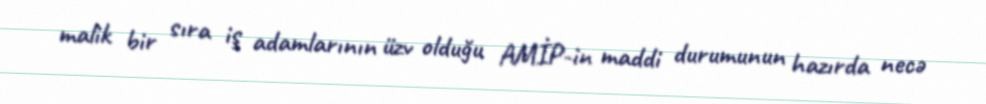
malik bir sıra iş adamlarının üzv olduğu AMİP-in maddi durumunun hazırda necə